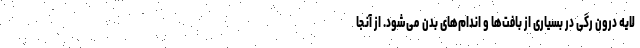
لایه درون رگی در بسیاری از بافت‌ها و اندام‌های بدن می‌شود. از آنجا